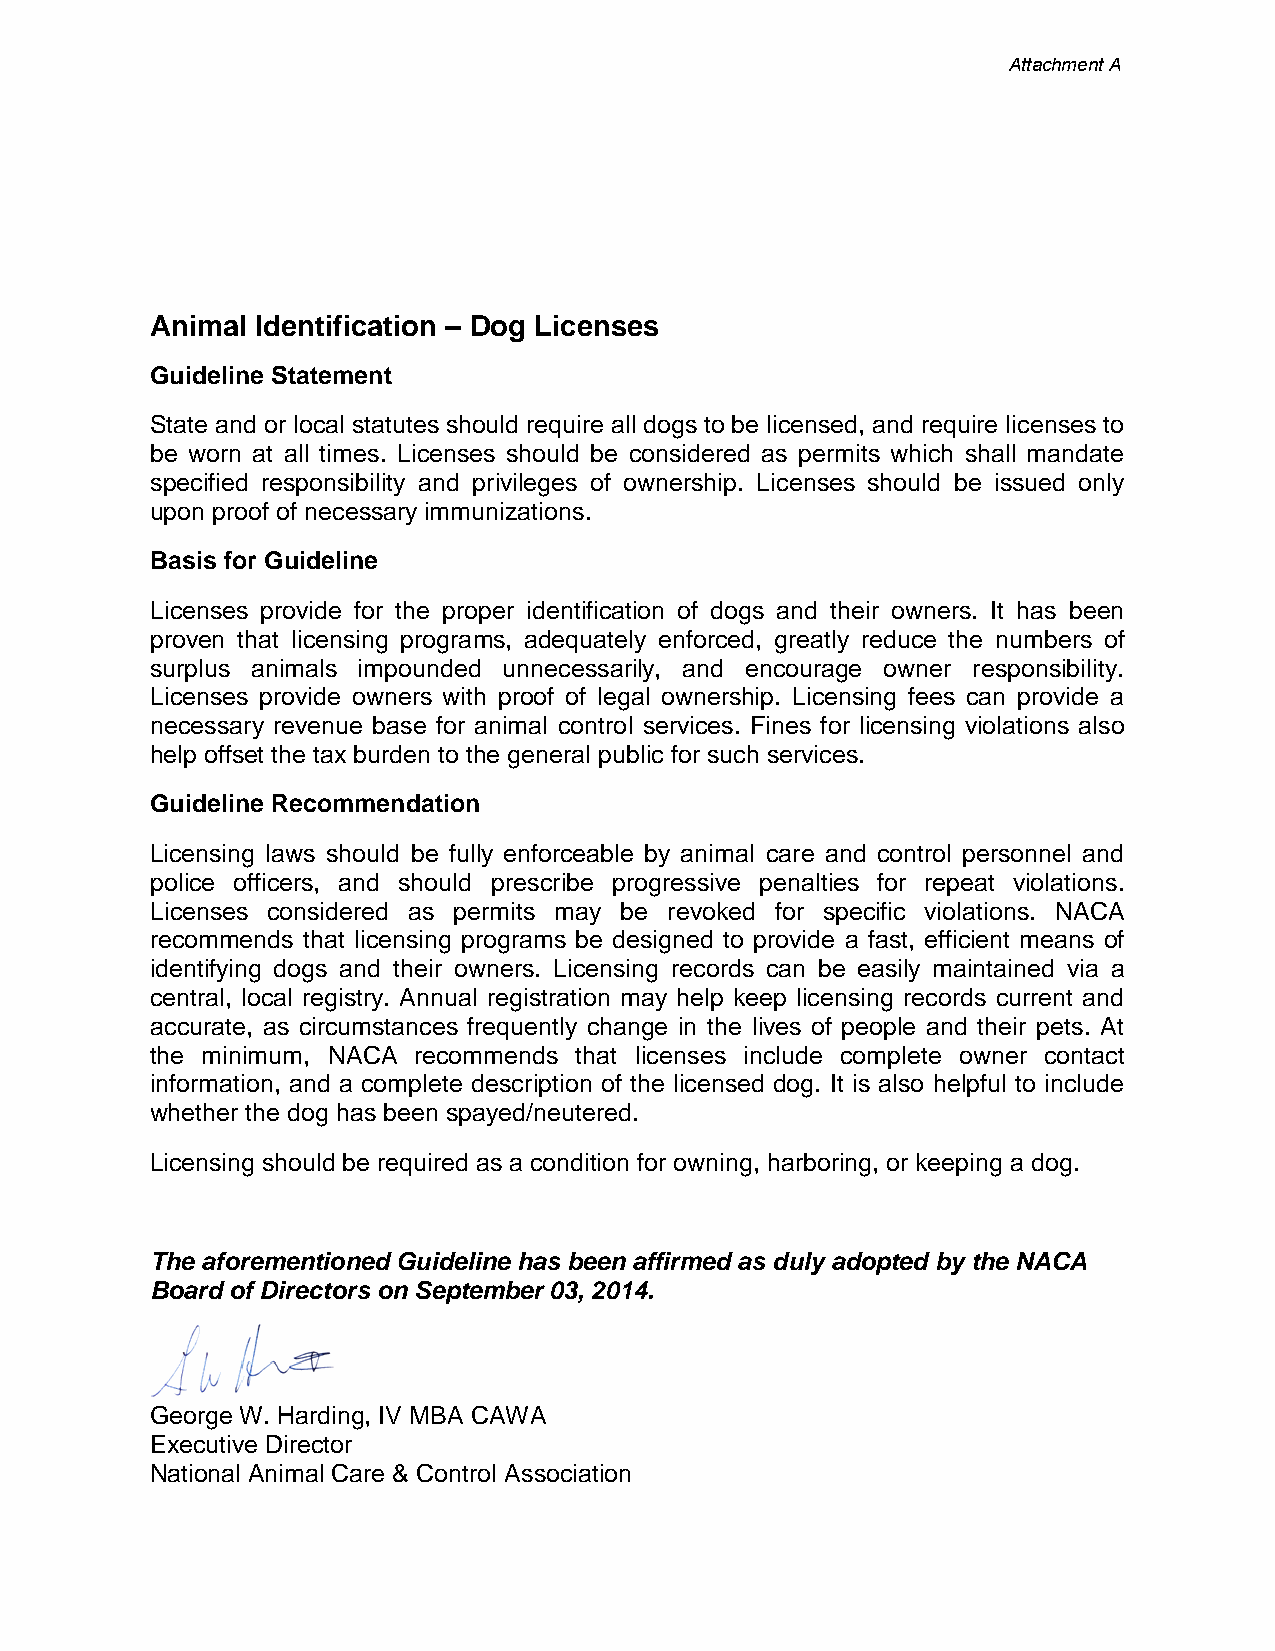
Attachment A
 Animal Identification – Dog Licenses
 Guideline Statement
 State and or local statutes should require all dogs to be licensed, and require licenses to
 be worn at all times. Licenses should be considered as permits which shall mandate
 specified responsibility and privileges of ownership. Licenses should be issued only
 upon proof of necessary immunizations.
 Basis for Guideline
 Licenses provide for the proper identification of dogs and their owners. It has been
 proven that licensing programs, adequately enforced, greatly reduce the numbers of
 surplus animals impounded unnecessarily, and encourage owner responsibility.
 Licenses provide owners with proof of legal ownership. Licensing fees can provide a
 necessary revenue base for animal control services. Fines for licensing violations also
 help offset the tax burden to the general public for such services.
 Guideline Recommendation
 Licensing laws should be fully enforceable by animal care and control personnel and
 police officers, and should prescribe progressive penalties for repeat violations.
 Licenses considered as permits may be revoked for specific violations. NACA
 recommends that licensing programs be designed to provide a fast, efficient means of
 identifying dogs and their owners. Licensing records can be easily maintained via a
 central, local registry. Annual registration may help keep licensing records current and
 accurate, as circumstances frequently change in the lives of people and their pets. At
 the minimum, NACA recommends that licenses include complete owner contact
 information, and a complete description of the licensed dog. It is also helpful to include
 whether the dog has been spayed/neutered.
 Licensing should be required as a condition for owning, harboring, or keeping a dog.
 The aforementioned Guideline has been affirmed as duly adopted by the NACA
 Board of Directors on September 03, 2014.
 George W. Harding, IV MBA CAWA
 Executive Director
 National Animal Care & Control Association